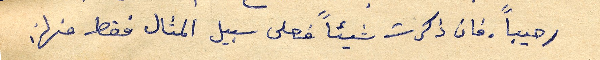
رحيباً. فان ذكرت شيئاً وعلى سبيل المثال فقط منها: